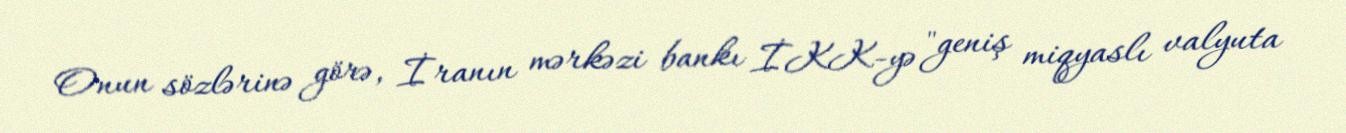
Onun sözlərinə görə, İranın mərkəzi bankı İKK-yə "geniş miqyaslı valyuta